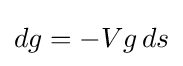
dg=-Vg\,ds